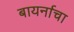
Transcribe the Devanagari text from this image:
बायर्नाचा